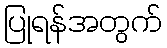
ပြုရန်အတွက်